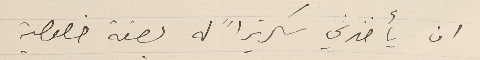
ان يأخذني سكرتيراً له بصفة خصوصية